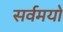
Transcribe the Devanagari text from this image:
सर्वमयो